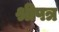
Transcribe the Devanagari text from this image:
श्रीपत्र